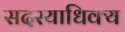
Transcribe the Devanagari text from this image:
सदस्याधिक्य